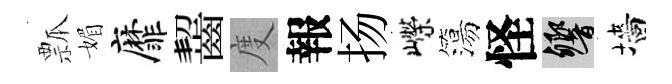
瓢媚靡齧度報扬嶸簜怪響墻